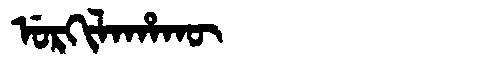
Manchu: ᡠᡵᡴᡳᠯᠠᡥᠠᡴᡡ
Romanization: URKILAHAKŪ